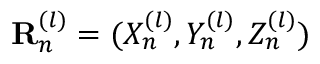
\mathbf { R } _ { n } ^ { ( l ) } = ( X _ { n } ^ { ( l ) } , Y _ { n } ^ { ( l ) } , Z _ { n } ^ { ( l ) } )